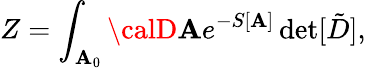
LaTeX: Z=\int_{{\cal\mathbf{A}}_{0}}{\calD}\mathbf{A}e^{-S[\mathbf{A}]}\operatorname*{det}[\tilde{{D}}],